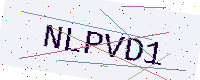
Text: NLPVD1